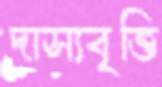
দাস্যবৃত্তি